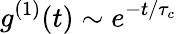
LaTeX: g^{(1)}(t)\sim e^{-t/\tau_{c}}